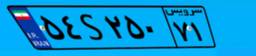
۵۴S۲۵۰۷۱